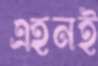
এহনই